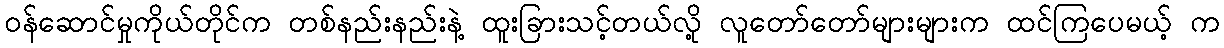
ဝန်ဆောင်မှုကိုယ်တိုင်က တစ်နည်းနည်းနဲ့ ထူးခြားသင့်တယ်လို့ လူတော်တော်များများက ထင်ကြပေမယ့် က